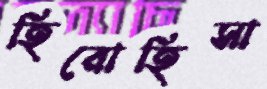
হিরোহিসা